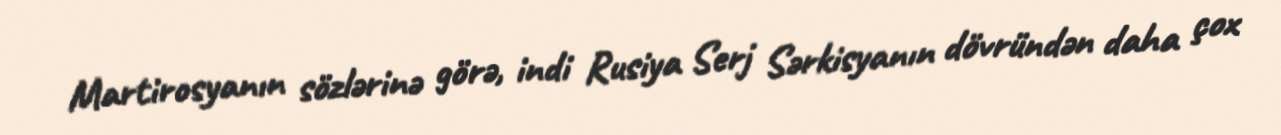
Martirosyanın sözlərinə görə, indi Rusiya Serj Sərkisyanın dövründən daha çox